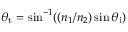
\theta _ { \mathrm { t } } = \sin ^ { - 1 } ( ( n _ { 1 } / n _ { 2 } ) \sin \theta _ { \mathrm { i } } )